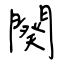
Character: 闋